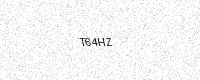
Text: T64HZ